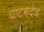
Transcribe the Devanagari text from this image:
घाटमदेव